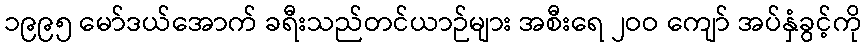
၁၉၉၅ မော်ဒယ်အောက် ခရီးသည်တင်ယာဉ်များ အစီးရေ ၂ဝဝ ကျော် အပ်နှံခွင့်ကို